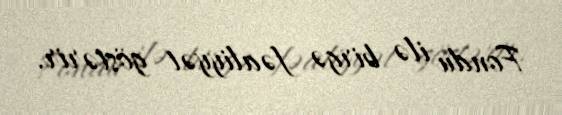
Fondu ilə birgə fəaliyyət göstərir.